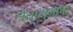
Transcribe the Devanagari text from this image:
त्रेतायुगाचा